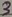
Text: 3